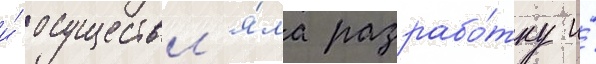
и́ осуществл'я́ла разрабо́тку и́